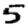
Digit: 5